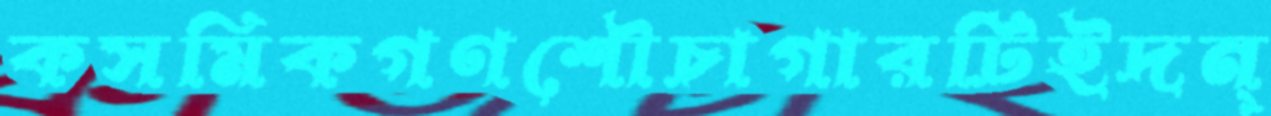
কসমিকগণশৌচাগারটিইদন্